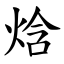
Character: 焓